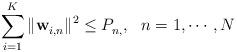
LaTeX: \begin{align*}\sum^{K}_{i=1}\|\mathbf{w}^{}_{i,n}\|^2 \leq P^{}_{n,}, ~~ n = 1,\cdots,N\end{align*}